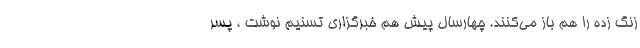
زنگ زده را هم باز می‌کنند. چهارسال پیش هم خبرگزاری تسنیم نوشت ، ‌پسر